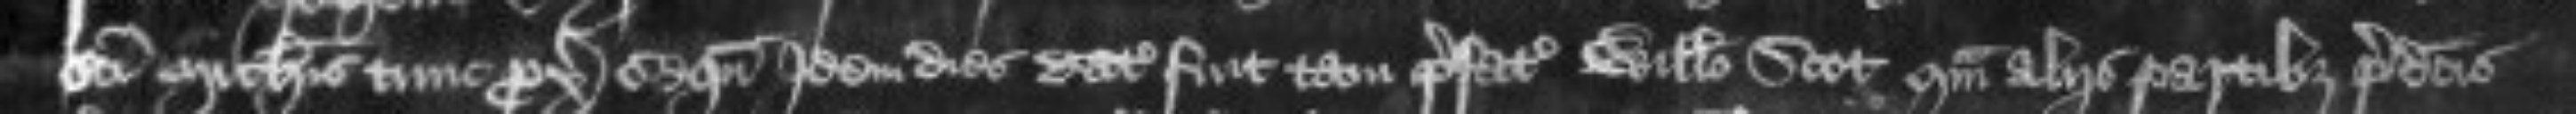
Sancti Michaelis tunc proxime sequentibus Idem dies datus fuit tam prefato Willelmo Scot quam aliis partibus predictis